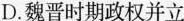
D.魏晋时期政权并立